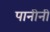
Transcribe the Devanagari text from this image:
पानीनी